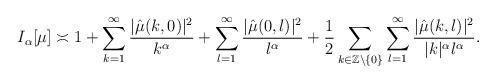
LaTeX: \begin{align*}I_{\alpha}[\mu]\asymp 1+\sum_{k=1}^{\infty}\frac{|\hat{\mu}(k,0)|^2}{k^{\alpha}}+\sum_{l=1}^{\infty}\frac{|\hat{\mu}(0,l)|^2}{l^{\alpha}}+\frac{1}{2}\sum_{k \in \mathbb{Z}\setminus \{0\}}\sum_{l=1}^{\infty}\frac{|\hat{\mu}(k,l)|^2}{|k|^{\alpha} l^{\alpha}}.\end{align*}